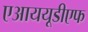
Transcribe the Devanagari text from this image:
एआययूडीएफ